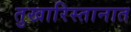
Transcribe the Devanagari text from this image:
तुखारिस्तानात